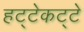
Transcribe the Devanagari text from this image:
हट्टेकट्टे